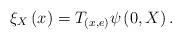
LaTeX: \begin{align*}\xi_{X}\left( x\right) =T_{\left( x,e\right) }\psi\left( 0,X\right) .\end{align*}